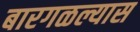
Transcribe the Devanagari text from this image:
बारगळल्यास